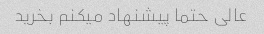
عالی حتما پیشنهاد میکنم بخرید